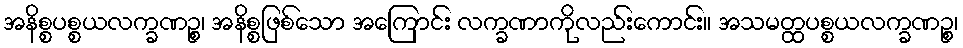
အနိစ္စပစ္စယလက္ခဏဉ္စ၊ အနိစ္စဖြစ်သော အကြောင်း လက္ခဏာကိုလည်းကောင်း။ အသမတ္ထပစ္စယလက္ခဏဉ္စ၊